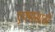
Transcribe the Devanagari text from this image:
एक्ससाठी